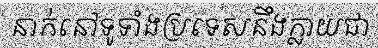
នាក់នៅទូទាំងប្រទេសនឹងក្លាយជា